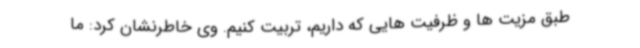
طبق مزیت ها و ظرفیت هایی که داریم، تربیت کنیم. وی خاطرنشان کرد: ما